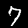
Label: 7